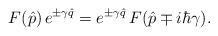
LaTeX: \begin{align*}F(\hat p)\,e^{\pm\gamma\hat q}=e^{\pm\gamma\hat q}\,F(\hat p \mp i\hbar\gamma).\end{align*}